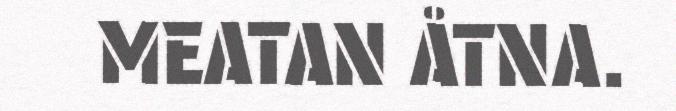
MEATAN ÅTNA.